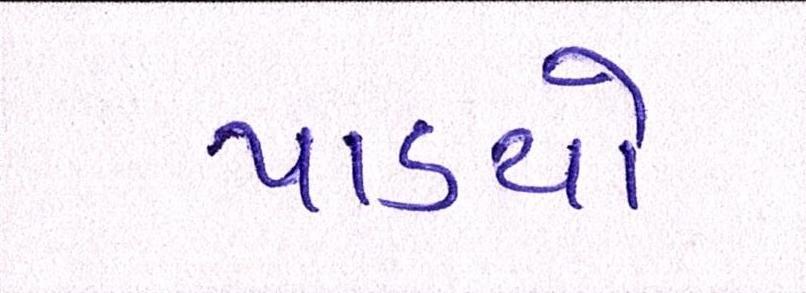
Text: પાડયો